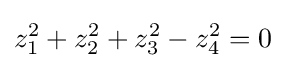
z_{1}^{2}+z_{2}^{2}+z_{3}^{2}-z_{4}^{2}=0